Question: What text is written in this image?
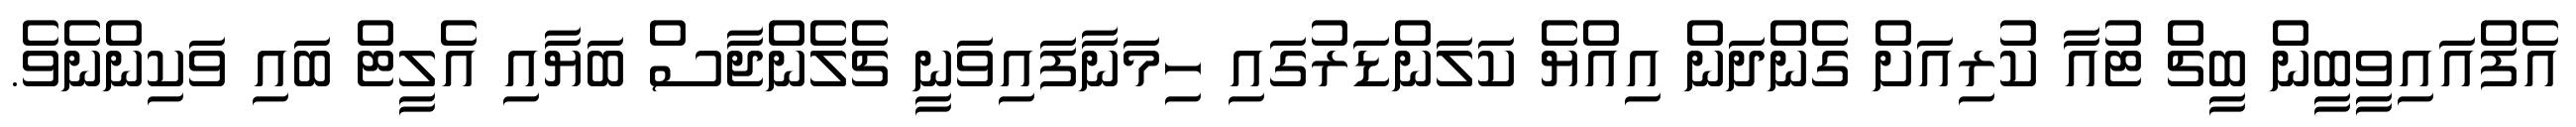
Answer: އެފްއައިވީބީން ބީޗް ޓުއާ ކުރިއަށް ގެންދަން އިއްޔެ ކަލަންޑަރުގައި ހިމަނާފައިވަނީ ޗެލެންޖާސް ބަޔާއި އެލީޓް ބައި ވަކިންނެވެ.